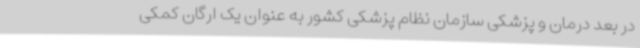
در بعد درمان و پزشکی سازمان نظام پزشکی کشور به عنوان یک ارگان کمکی